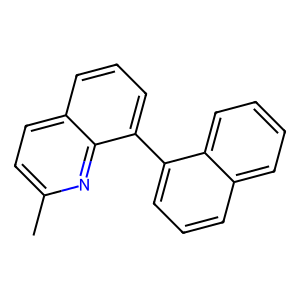
SMILES: Cc1ccc2cccc(-c3cccc4ccccc34)c2n1
Inhibits HIV replication: No